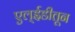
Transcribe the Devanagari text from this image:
एल्ईडीतून